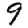
Digit: 9